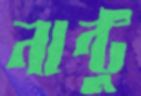
নান্টু